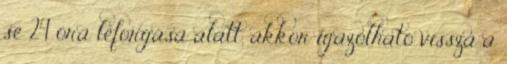
se 24 óra leforgása alatt, akkor igazolható vissza a